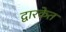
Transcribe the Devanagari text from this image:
द्वारकेत